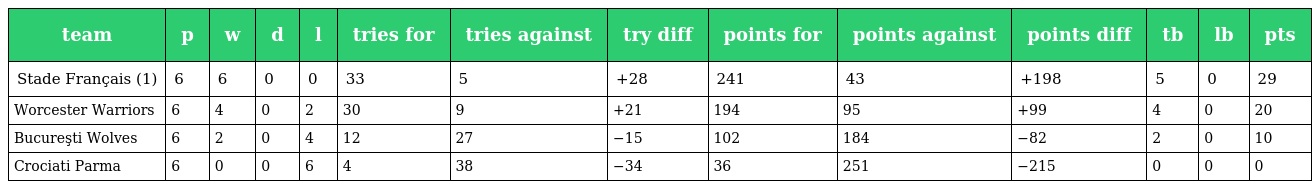
| team | p | w | d | l | tries for | tries against | try diff | points for | points against | points diff | tb | lb | pts |
 | --- | --- | --- | --- | --- | --- | --- | --- | --- | --- | --- | --- | --- | --- |
 | Stade Français (1) | 6 | 6 | 0 | 0 | 33 | 5 | +28 | 241 | 43 | +198 | 5 | 0 | 29 |
 | Worcester Warriors | 6 | 4 | 0 | 2 | 30 | 9 | +21 | 194 | 95 | +99 | 4 | 0 | 20 |
 | Bucureşti Wolves | 6 | 2 | 0 | 4 | 12 | 27 | −15 | 102 | 184 | −82 | 2 | 0 | 10 |
 | Crociati Parma | 6 | 0 | 0 | 6 | 4 | 38 | −34 | 36 | 251 | −215 | 0 | 0 | 0 |